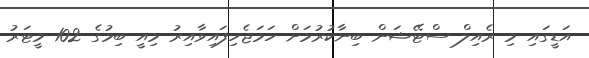
އަޑީގައި މި ރެއިލް ސްޓޭޝަން ބިނާކުރުމަށް ހަމަޖެހިފައިވާއިރު މިއީ ބިމުގެ 102 މީޓަރު